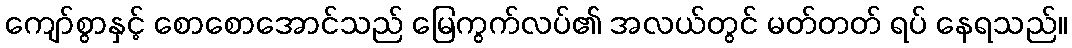
ကျော်စွာနှင့် စောစောအောင်သည် မြေကွက်လပ်၏ အလယ်တွင် မတ်တတ် ရပ် နေရသည်။